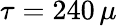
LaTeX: \tau=240\, \mu